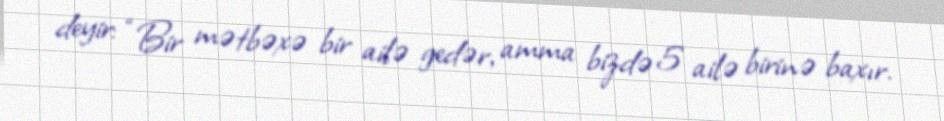
deyir: “Bir mətbəxə bir ailə gedər, amma bizdə 5 ailə birinə baxır.